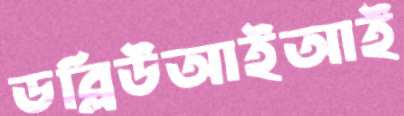
ডব্লিউআইআই